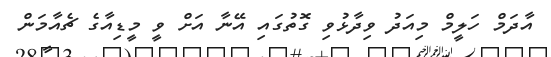
އާދަމް ހަލީމް މިއަދު ވިދާޅުވި ގޮތުގައި އޭނާ އަށް ވީ މީޑިއާގެ ޗެއާމަން